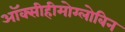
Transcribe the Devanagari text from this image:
ऑक्सीहीमोग्लोबिन